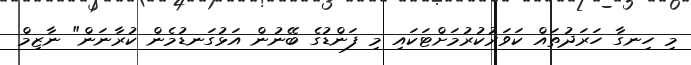
މި ހިނގާ ހަރަދުތައް ކަވަރުކުރުމަށްޓަކައި މި ފަންޑުގެ ބޭނުން އަޅުގަނޑުމެން ކުރާނަން" ނާޒިމް